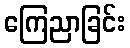
ကြေညာခြင်း